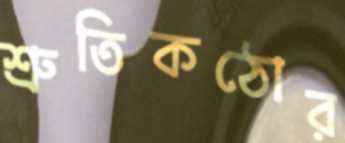
শ্রুতিকঠোর